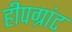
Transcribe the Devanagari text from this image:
हीपग्रांट